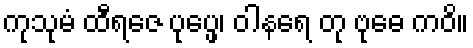
ကုသုမံ ထီရဇေ ပုပ္ဖေ၊ ဝါနရေ တု ဗုဓေ ကဝိ။